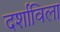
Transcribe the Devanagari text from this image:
दर्शाविला